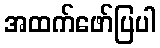
အထက်ဖော်ပြပါ